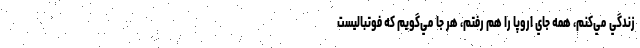
زندگي مي‌كنم، همه جاي اروپا را هم رفتم، هر جا مي‌گويم كه فوتباليست